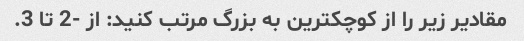
مقادیر زیر را از کوچکترین به بزرگ مرتب کنید: از -2 تا 3.